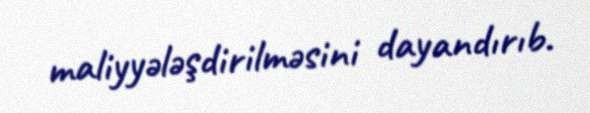
maliyyələşdirilməsini dayandırıb.